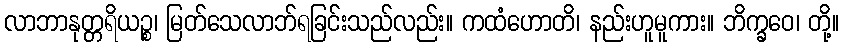
လာဘာနုတ္တရိယဉ္စ၊ မြတ်သေလာဘ်ရခြင်းသည်လည်း။ ကထံဟောတိ၊ နည်းဟူမူကား။ ဘိက္ခဝေ၊ တို့။